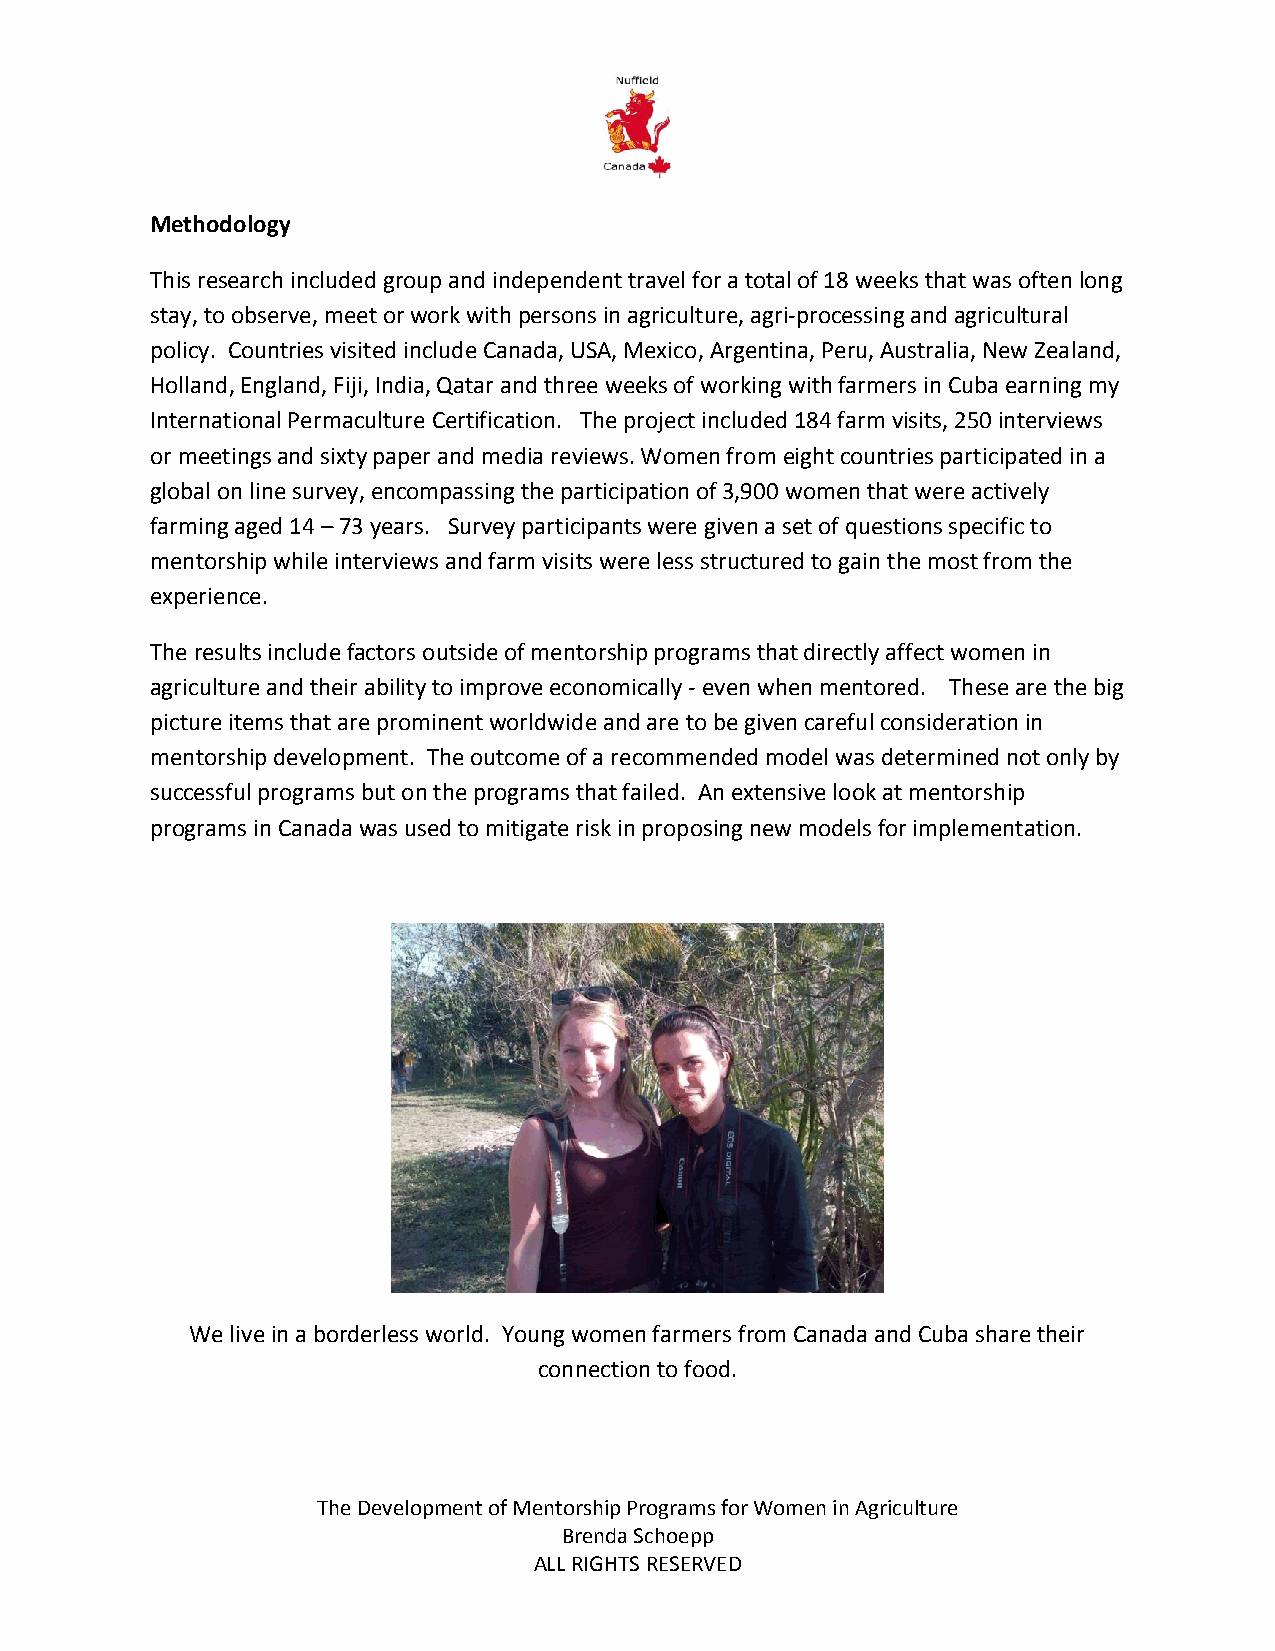
Methodology
 This research included group and independent travel for a total of 18 weeks that was often long
 stay, to observe, meet or work with persons in agriculture, agri-processing and agricultural
 policy. Countries visited include Canada, USA, Mexico, Argentina, Peru, Australia, New Zealand,
 Holland, England, Fiji, India, Qatar and three weeks of working with farmers in Cuba earning my
 International Permaculture Certification. The project included 184 farm visits, 250 interviews
 or meetings and sixty paper and media reviews. Women from eight countries participated in a
 global on line survey, encompassing the participation of 3,900 women that were actively
 farming aged 14 – 73 years. Survey participants were given a set of questions specific to
 mentorship while interviews and farm visits were less structured to gain the most from the
 experience.
 The results include factors outside of mentorship programs that directly affect women in
 agriculture and their ability to improve economically - even when mentored. These are the big
 picture items that are prominent worldwide and are to be given careful consideration in
 mentorship development. The outcome of a recommended model was determined not only by
 successful programs but on the programs that failed. An extensive look at mentorship
 programs in Canada was used to mitigate risk in proposing new models for implementation.
 We live in a borderless world. Young women farmers from Canada and Cuba share their
 connection to food.
 The Development of Mentorship Programs for Women in Agriculture
 Brenda Schoepp
 ALL RIGHTS RESERVED